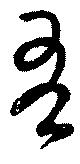
吾